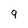
Character: 9